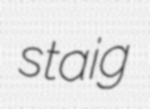
staig